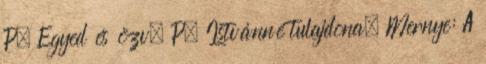
P. Egyed és özv. P. Istvánné tulajdona. Mernye: A